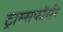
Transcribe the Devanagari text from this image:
ट्राम्सफॉर्मर